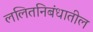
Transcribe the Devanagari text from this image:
ललितनिबंधातील